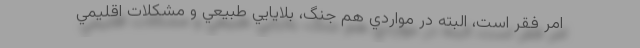
امر فقر است، البته در مواردي هم جنگ، بلايايي طبيعي و مشكلات اقليمي